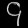
Digit: ၄